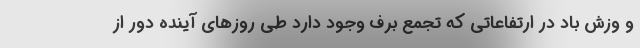
و وزش باد در ارتفاعاتی که تجمع برف وجود دارد طی روزهای آینده دور از